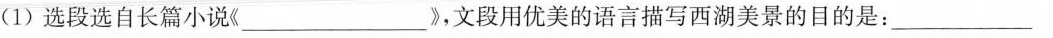
(1)选段选自长篇小说《___》，文段用优美的语言描写西湖美景的目的是：___